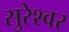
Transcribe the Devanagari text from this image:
सुरेश्‍वर